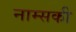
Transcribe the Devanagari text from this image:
नाम्सकी